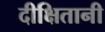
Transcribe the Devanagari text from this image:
दीक्षितानी